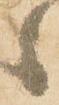
々